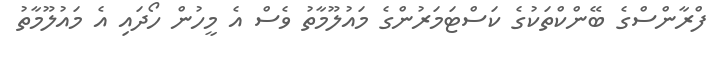
ފްރާންސްގެ ބޭންކްތަކުގެ ކަސްޓަމަރުންގެ މައުލޫމާތު ވެސް އެ މީހުން ހޯދައި އެ މައުލޫމާތު